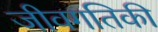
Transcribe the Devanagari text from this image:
जीवगतिकी